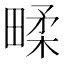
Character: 㽥